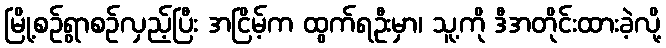
မြို့စဉ်ရွာစဉ်လှည့်ပြီး အငြိမ့်က ထွက်ရဦးမှာ၊ သူ့ကို ဒီအတိုင်းထားခဲ့လို့